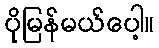
ပိုမြန်မယ်ပေါ့။